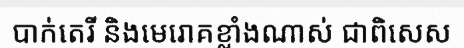
បាក់តេរី និងមេរោគខ្លាំងណាស់ ជាពិសេស